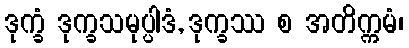
ဒုက္ခံ ဒုက္ခသမုပ္ပါဒံ, ဒုက္ခဿ စ အတိက္ကမံ၊